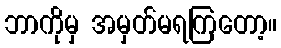
ဘာကိုမှ အမှတ်မရကြတော့။